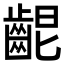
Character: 𪘄